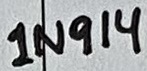
Text: 1N914